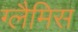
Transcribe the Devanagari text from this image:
ग्लैमिस